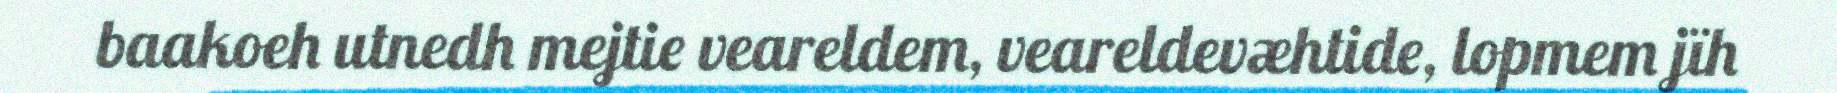
baakoeh utnedh mejtie veareldem, veareldevæhtide, lopmem jïh